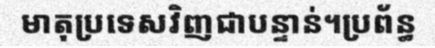
មាតុប្រទេសវិញជាបន្ទាន់។ប្រព័ន្ធ